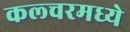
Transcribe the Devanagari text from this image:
कल्चरमध्ये